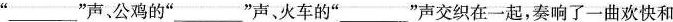
”___”声、公鸡的”___”声、火车的”__”声交织在一起，奏响了一曲欢快和